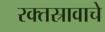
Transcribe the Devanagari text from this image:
रक्तस्रावाचे